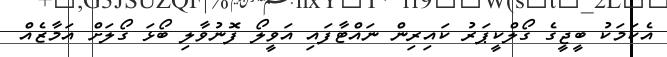
އެކަމަކު ބީޖީގެ ގޯލްކީޕަރު ކައިރިން ނައްޓާފައި އަވީލޯ ފޮނުވާލި ބޯޅަ ގޯލަށް އަމާޒެއް